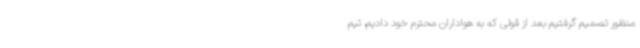
منظور تصمیم گرفتیم بعد از قولی که به هواداران محترم خود دادیم، تیم